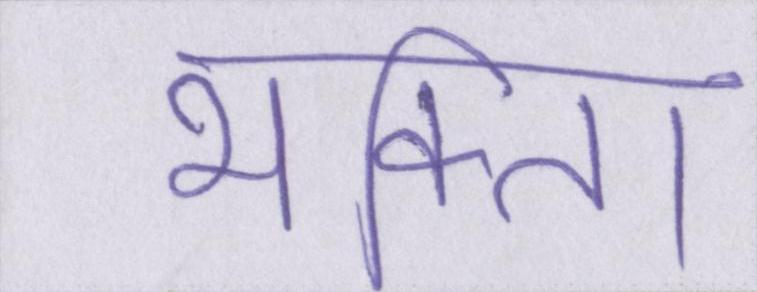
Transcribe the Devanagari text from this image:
भक्ति।